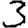
Digit: 3